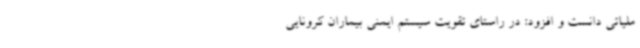
ملیاتی دانست و افزود: در راستای تقویت سیستم ایمنی بیماران کرونایی